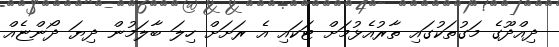
ދިއްދޫގެ މަގުތަކުގައި ތާރުއެޅުމަށް ޓަކައި އެ ރަށަށް ހިލަ ބާލަމުން ދިޔަ ދޯންޏެއް